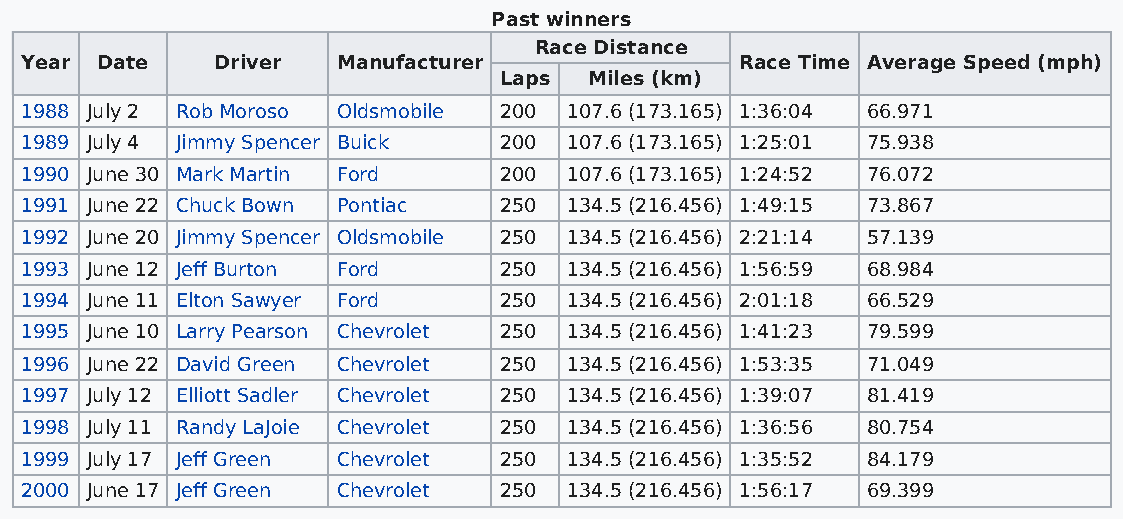
Past winners
 Race Distance
 Year Date    Driver  Manufacturer               Race Time Average Speed (mph)
 Laps  Miles (km)
 1988 July 2 Rob Moroso Oldsmobile 200 107.6 (173.165) 1:36:04 66.971
 1989 July 4 Jimmy Spencer Buick 200  107.6 (173.165) 1:25:01 75.938
 1990 June 30 Mark Martin Ford   200  107.6 (173.165) 1:24:52 76.072
 1991 June 22 Chuck Bown Pontiac 250  134.5 (216.456) 1:49:15 73.867
 1992 June 20 Jimmy Spencer Oldsmobile 250 134.5 (216.456) 2:21:14 57.139
 1993 June 12 Jeff Burton Ford   250  134.5 (216.456) 1:56:59 68.984
 1994 June 11 Elton Sawyer Ford  250  134.5 (216.456) 2:01:18 66.529
 1995 June 10 Larry Pearson Chevrolet 250 134.5 (216.456) 1:41:23 79.599
 1996 June 22 David Green Chevrolet 250 134.5 (216.456) 1:53:35 71.049
 1997 July 12 Elliott Sadler Chevrolet 250 134.5 (216.456) 1:39:07 81.419
 1998 July 11 Randy LaJoie Chevrolet 250 134.5 (216.456) 1:36:56 80.754
 1999 July 17 Jeff Green Chevrolet 250 134.5 (216.456) 1:35:52 84.179
 2000 June 17 Jeff Green Chevrolet 250 134.5 (216.456) 1:56:17 69.399